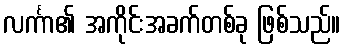
လင်္ကာ၏ အကိုင်းအခက်တစ်ခု ဖြစ်သည်။